Madras plague regulations and rules - Volume 1
Disease focus: Plague
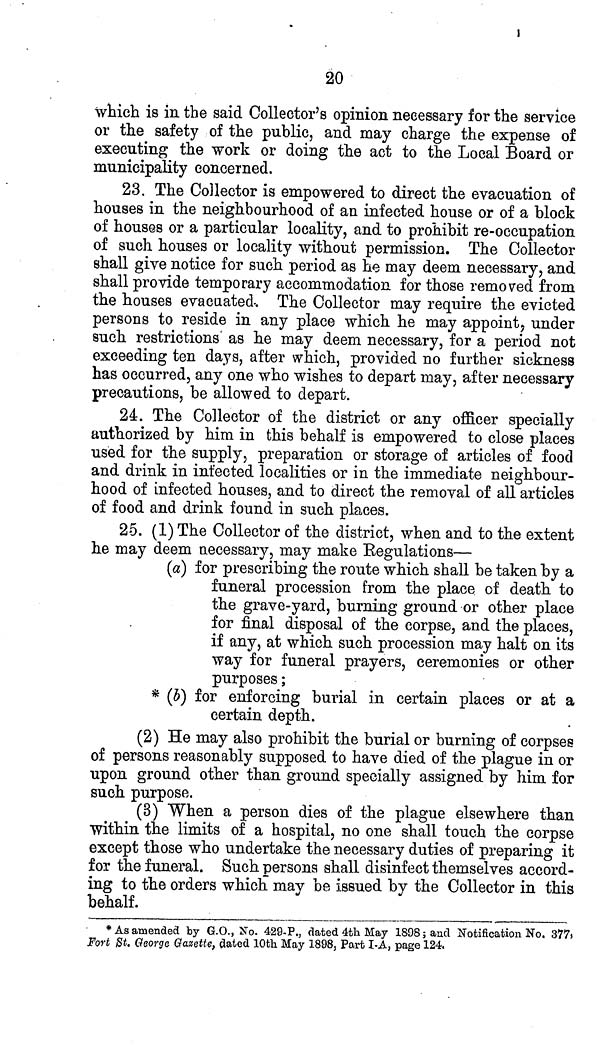
20
which is in the said Collector's opinion necessary for the service
or the safety of the public, and may charge the expense of
executing the work or doing the act to the Local Board or
municipality concerned.
23. The Collector is empowered to direct the evacuation of
houses in the neighbourhood of an infected house or of a block
of houses or a particular locality, and to prohibit re-occupation
of such houses or locality without permission. The Collector
shall give notice for such period as he may deem necessary, and
shall provide temporary accommodation for those removed from
the houses evacuated. The Collector may require the evicted
persons to reside in any place which he may appoint, under
such restrictions as he may deem necessary, for a period not
exceeding ten days, after which, provided no further sickness
has occurred, any one who wishes to depart may, after necessary
precautions, be allowed to depart.
24. The Collector of the district or any officer specially
authorized by him in this behalf is empowered to close places
used for the supply, preparation or storage of articles of food
and drink in infected localities or in the immediate neighbour-
hood of infected houses, and to direct the removal of all articles
of food and drink found in such places.
25. (1) The Collector of the district, when and to the extent
he may deem necessary, may make Regulations—
(a) for prescribing the route which shall be taken by a
funeral procession from the place of death to
the grave-yard, burning ground or other place
for final disposal of the corpse, and the places,
if any, at which such procession may halt on its
way for funeral prayers, ceremonies or other
purposes;
* (b) for enforcing burial in certain places or at a
certain depth.
(2) He may also prohibit the burial or burning of corpses
of persons reasonably supposed to have died of the plague in or
upon ground other than ground specially assigned by him for
such purpose.
(3) When a person dies of the plague elsewhere than
within the limits of a hospital, no one shall touch the corpse
except those who undertake the necessary duties of preparing it
for the funeral. Such persons shall disinfect themselves accord-
ing to the orders which may be issued by the Collector in this
behalf.
* As amended by G.O., No. 429-P., dated 4th May 1898; and Notification No. 377)
Fort St. George Gaxette, dated 10th May 1898, Part I-A, page 124.